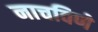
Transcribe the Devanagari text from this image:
नाचविणे